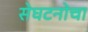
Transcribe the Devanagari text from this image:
स॓घटना॓चा